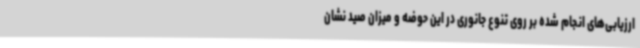
ارزیابی‌های انجام شده بر روی تنوع جانوری در این حوضه و میزان صید نشان